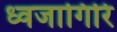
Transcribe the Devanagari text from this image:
ध्वजागिरि